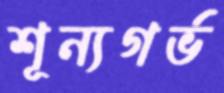
শূন্যগর্ভ